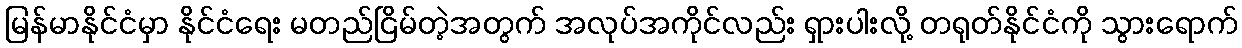
မြန်မာနိုင်ငံမှာ နိုင်ငံရေး မတည်ငြိမ်တဲ့အတွက် အလုပ်အကိုင်လည်း ရှားပါးလို့ တရုတ်နိုင်ငံကို သွားရောက်